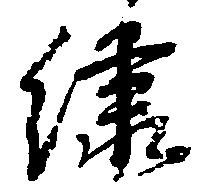
繍